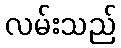
လမ်းသည်